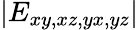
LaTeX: \left|E_{xy,xz,yx,yz}\right|